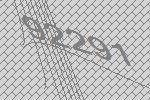
92291